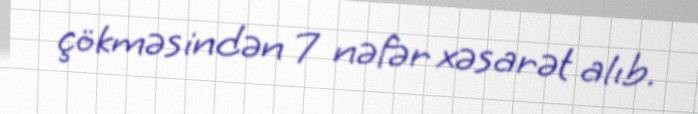
çökməsindən 7 nəfər xəsarət alıb.